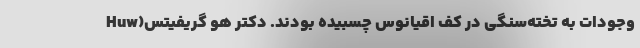
وجودات به تخته‌سنگی در کف اقیانوس چسبیده بودند. دکتر هو گریفیتس(Huw